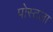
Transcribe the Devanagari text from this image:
पोस्टला